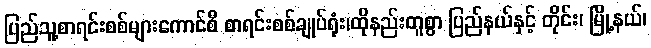
ပြည်သူ့စာရင်းစစ်များကောင်စီ စာရင်းစစ်ချုပ်ရုံး၊ထိုနည်းတူစွာ ပြည်နယ်နှင့် တိုင်း၊ မြို့နယ်၊